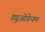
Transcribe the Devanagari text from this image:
ड्यूओडेनम